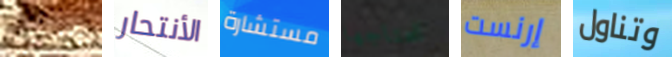
بالطبع الأنتحار مستشارة نحتاجها إرنست وتناول